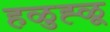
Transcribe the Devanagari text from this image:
हळुह्ळू